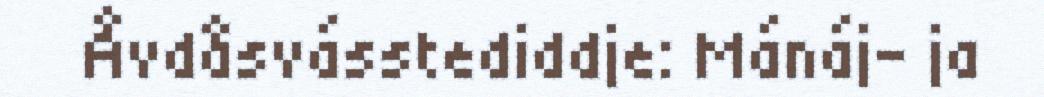
Åvdåsvásstediddje: Mánáj- ja